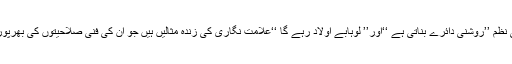
اس کے علاوہ اُن کی نظم ’’روشنی دائرے بناتی ہے ‘‘اور’’ لوہابے اولاد رہے گا ‘‘علامت نگاری کی زندہ مثالیں ہیں جو اُن کی فنی صلاحیتوں کی بھرپور عکاسی کرتی ہیں ۔